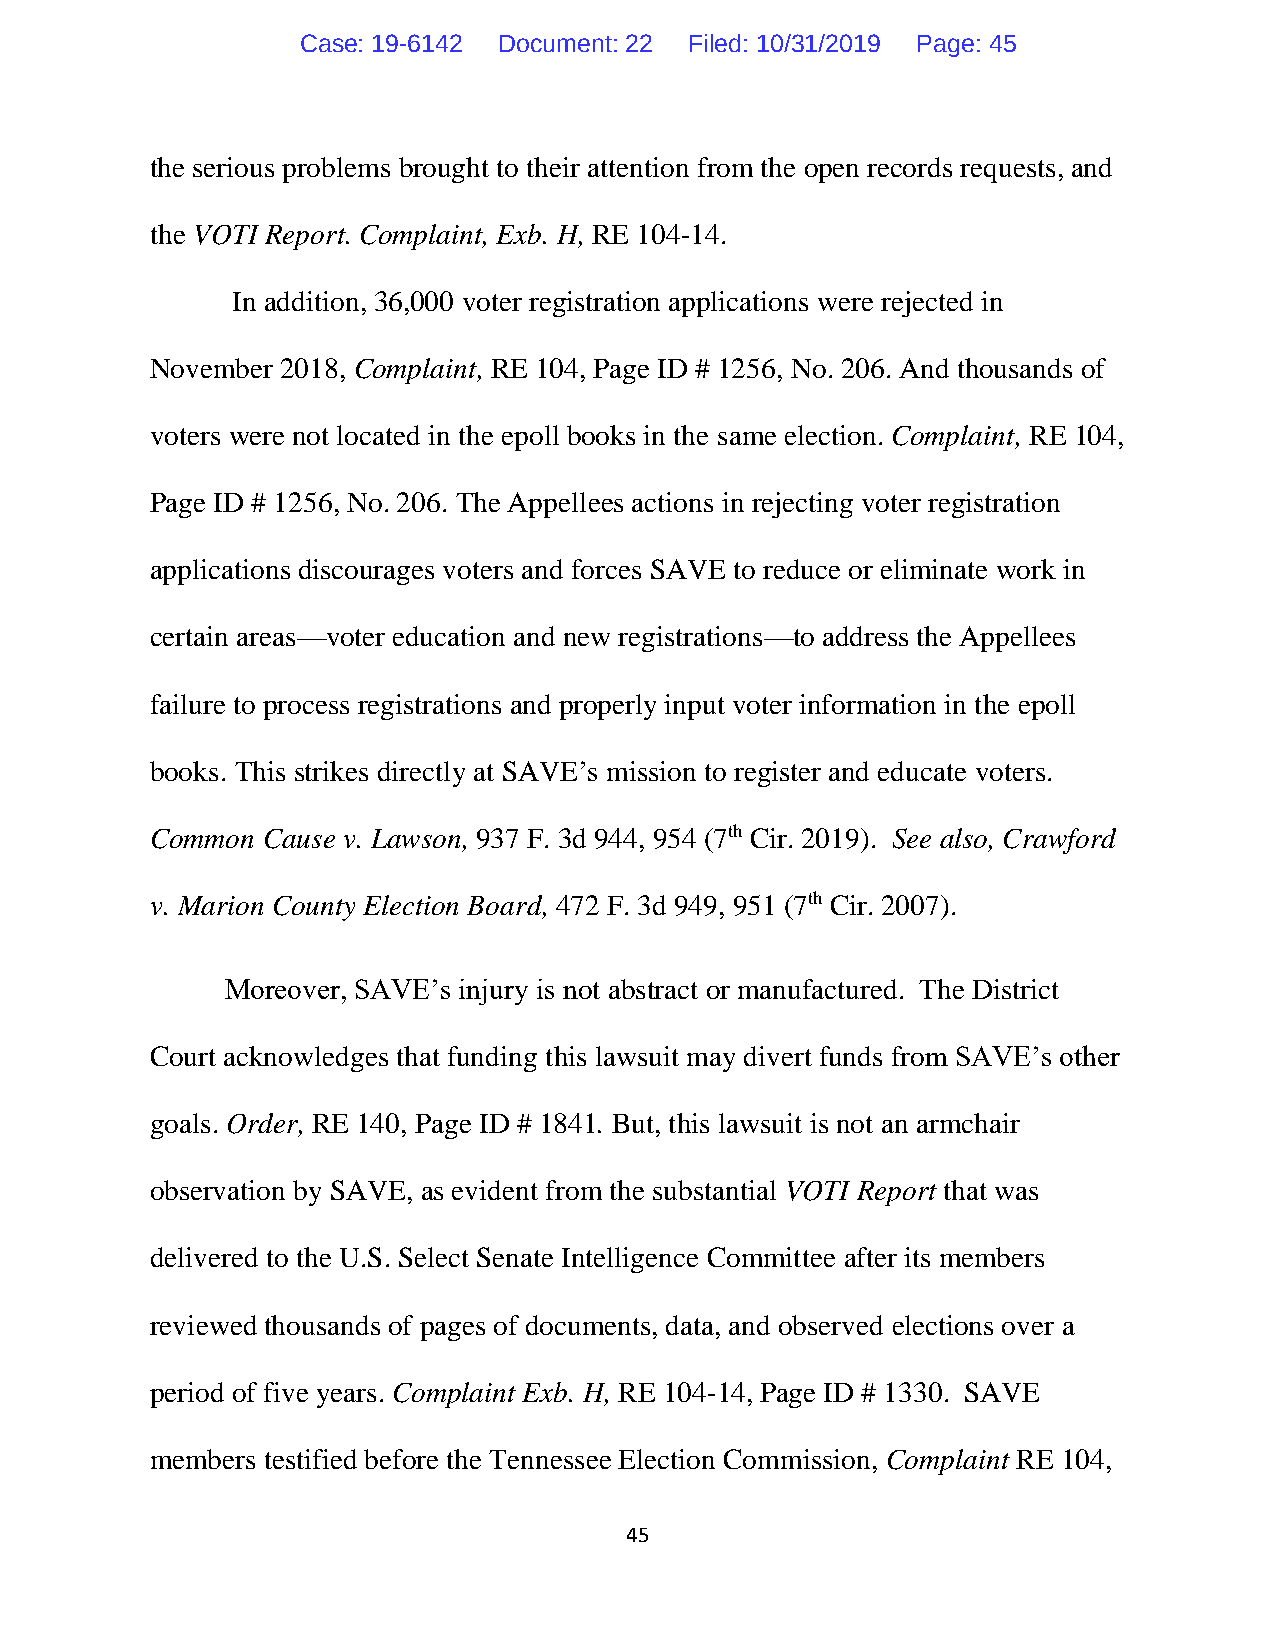
Case: 19-6142 Document: 22 Filed: 10/31/2019 Page: 45
 the serious problems brought to their attention from the open records requests, and
 the VOTI Report. Complaint, Exb. H, RE 104-14.
 In addition, 36,000 voter registration applications were rejected in
 November 2018, Complaint, RE 104, Page ID # 1256, No. 206. And thousands of
 voters were not located in the epoll books in the same election. Complaint, RE 104,
 Page ID # 1256, No. 206. The Appellees actions in rejecting voter registration
 applications discourages voters and forces SAVE to reduce or eliminate work in
 certain areas—voter education and new registrations—to address the Appellees
 failure to process registrations and properly input voter information in the epoll
 books. This strikes directly at SAVE’s mission to register and educate voters.
 Common Cause v. Lawson, 937 F. 3d 944, 954 (7th Cir. 2019). See also, Crawford
 v. Marion County Election Board, 472 F. 3d 949, 951 (7th Cir. 2007).
 Moreover, SAVE’s injury is not abstract or manufactured. The District
 Court acknowledges that funding this lawsuit may divert funds from SAVE’s other
 goals. Order, RE 140, Page ID # 1841. But, this lawsuit is not an armchair
 observation by SAVE, as evident from the substantial VOTI Report that was
 delivered to the U.S. Select Senate Intelligence Committee after its members
 reviewed thousands of pages of documents, data, and observed elections over a
 period of five years. Complaint Exb. H, RE 104-14, Page ID # 1330. SAVE
 members testified before the Tennessee Election Commission, Complaint RE 104,
 45